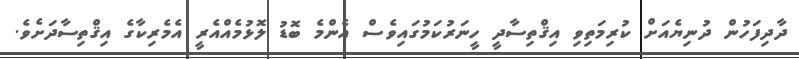
ދާދިފަހުން ދުނިޔެއަށް ކުރިމަތިވި އިޤްތިސާދީ ހީނަރުކަމުގައިވެސް އެންމެ ބޮޑު ލޮޅުމެއްއެރީ އެމެރިކާގެ އިޤްތިސާދަށެވެ.